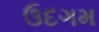
ઉદગમ